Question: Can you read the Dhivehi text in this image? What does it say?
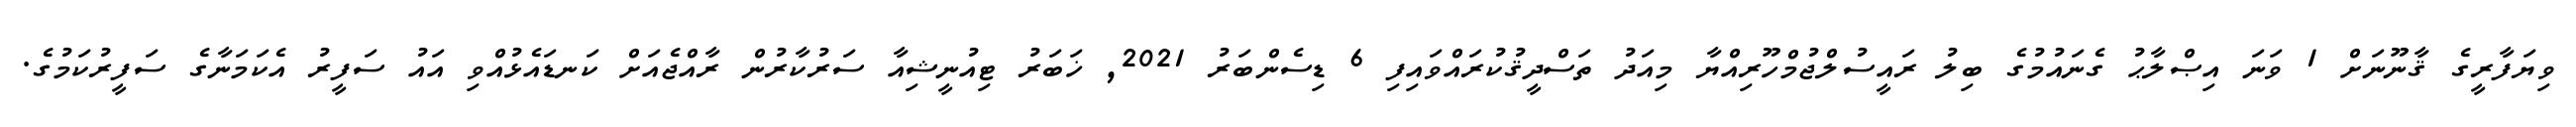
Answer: ވިޔަފާރީގެ ޤާނޫނަށް 1 ވަނަ އިޞްލާޙު ގެނައުމުގެ ބިލު ރައީސުލްޖުމްހޫރިއްޔާ މިއަދު ތަސްދީޤުކުރައްވައިފި 6 ޑިސެންބަރު 2021, ޚަބަރު ޓިއުނީޝިއާ ސަރުކާރުން ރާއްޖެއަށް ކަނޑައެޅުއްވި އައު ސަފީރު އެކަމަނާގެ ސަފީރުކަމުގެ.